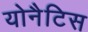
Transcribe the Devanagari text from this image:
योनैटिस